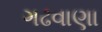
ગઢવાણા